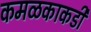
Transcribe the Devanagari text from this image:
कमळकाकडी